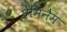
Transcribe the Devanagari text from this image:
ऐमिनैम